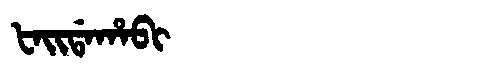
Manchu: ᡶᠠᡳᡩᠠᡥᠠᠪᡳ
Romanization: FAIDAHABI